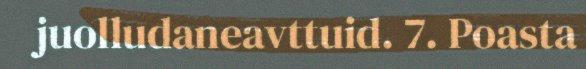
juolludaneavttuid. 7. Poasta